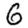
Digit: 6